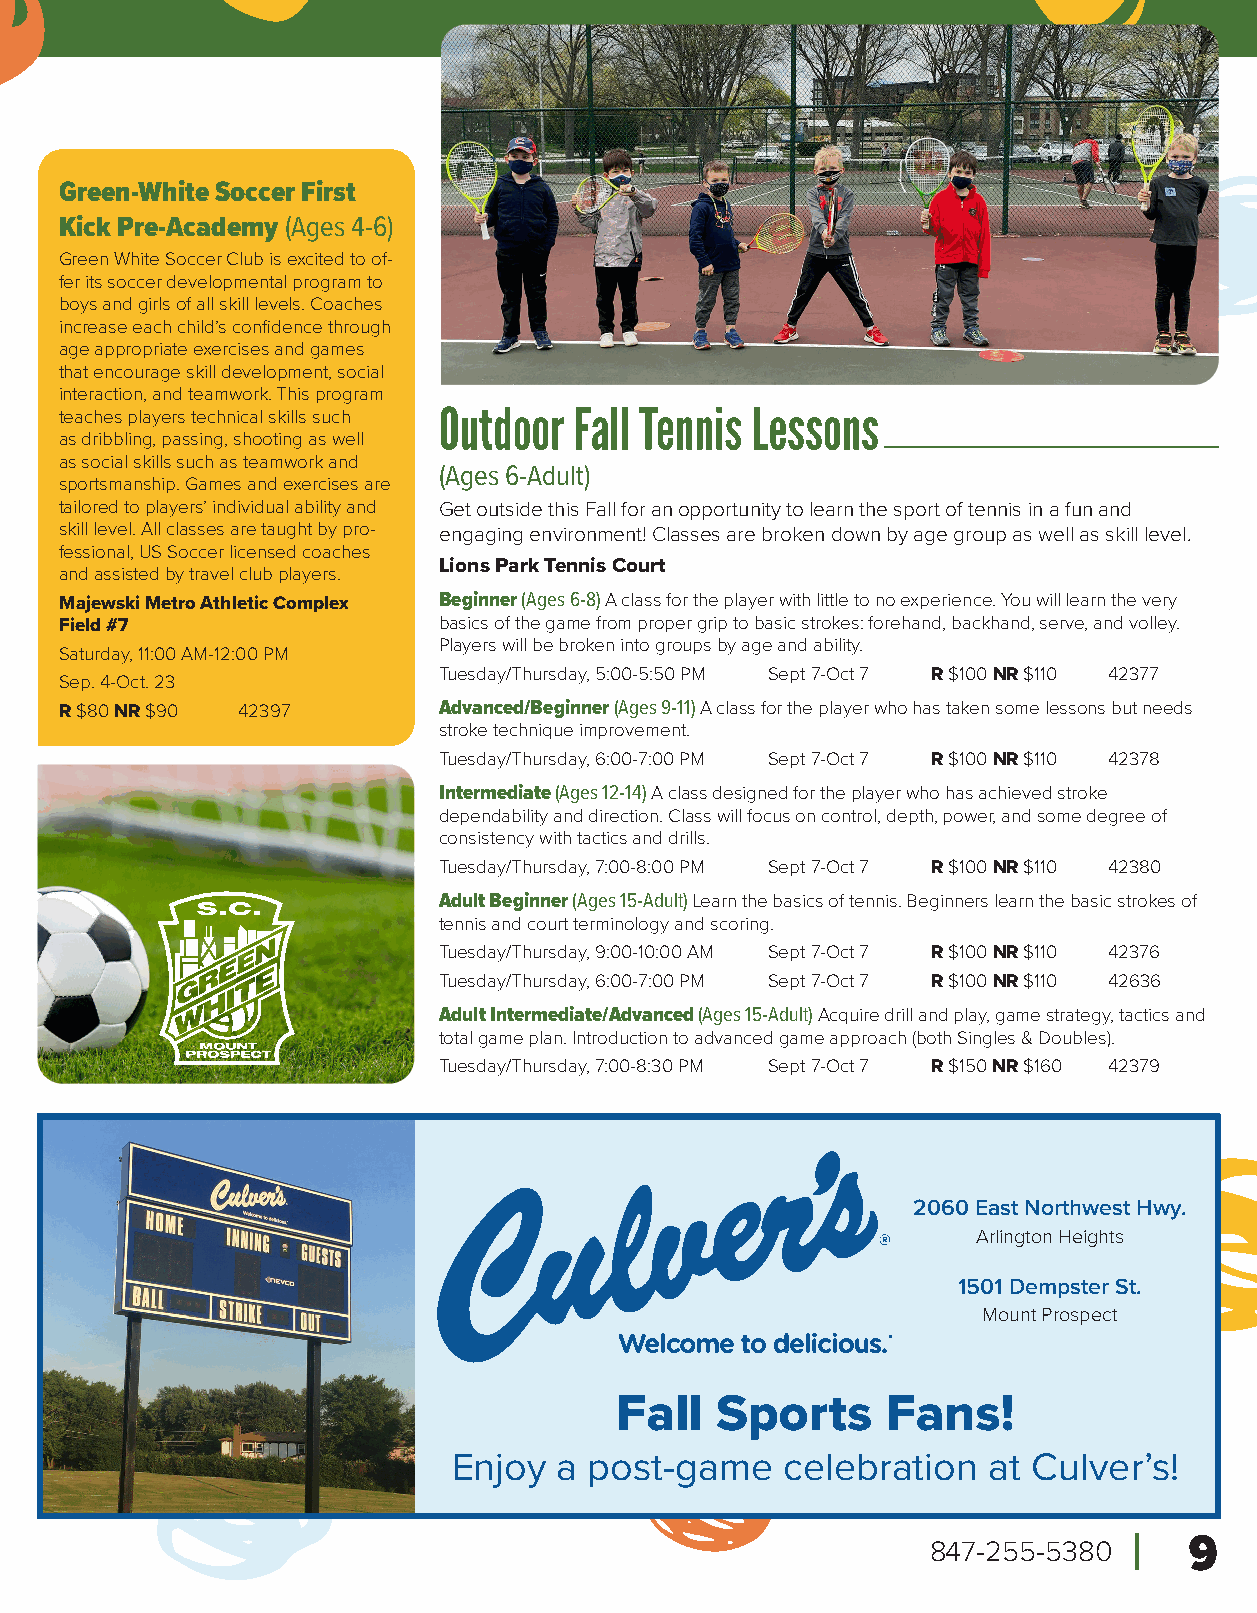
Green-White Soccer First
 Kick Pre-Academy (Ages 4-6)
 Green White Soccer Club is excited to of-
 fer its soccer developmental program to
 boys and girls of all skill levels. Coaches
 increase each child’s confidence through
 age appropriate exercises and games
 that encourage skill development, social
 interaction, and teamwork. This program
 teaches players technical skills such Outdoor Fall Tennis Lessons
 as dribbling, passing, shooting as well
 as social skills such as teamwork and
 (Ages 6-Adult)
 sportsmanship. Games and exercises are
 tailored to players’ individual ability and Get outside this Fall for an opportunity to learn the sport of tennis in a fun and
 skill level. All classes are taught by pro- engaging environment! Classes are broken down by age group as well as skill level.
 fessional, US Soccer licensed coaches
 Lions Park Tennis Court
 and assisted by travel club players.
 Majewski Metro Athletic Complex Beginner (Ages 6-8) A class for the player with little to no experience. You will learn the very
 Field #7                 basics of the game from proper grip to basic strokes: forehand, backhand, serve, and volley.
 Players will be broken into groups by age and ability.
 Saturday, 11:00 AM-12:00 PM
 Tuesday/Thursday, 5:00-5:50 PM Sept 7-Oct 7 R $100 NR $110 42377
 Sep. 4-Oct. 23
 R $80 NR $90 42397       Advanced/Beginner (Ages 9-11) A class for the player who has taken some lessons but needs
 stroke technique improvement.
 Tuesday/Thursday, 6:00-7:00 PM Sept 7-Oct 7 R $100 NR $110 42378
 Intermediate (Ages 12-14) A class designed for the player who has achieved stroke
 dependability and direction. Class will focus on control, depth, power, and some degree of
 consistency with tactics and drills.
 Tuesday/Thursday, 7:00-8:00 PM Sept 7-Oct 7 R $100 NR $110 42380
 Adult Beginner (Ages 15-Adult) Learn the basics of tennis. Beginners learn the basic strokes of
 tennis and court terminology and scoring.
 Tuesday/Thursday, 9:00-10:00 AM Sept 7-Oct 7 R $100 NR $110 42376
 Tuesday/Thursday, 6:00-7:00 PM Sept 7-Oct 7 R $100 NR $110 42636
 Adult Intermediate/Advanced (Ages 15-Adult) Acquire drill and play, game strategy, tactics and
 total game plan. Introduction to advanced game approach (both Singles & Doubles).
 Tuesday/Thursday, 7:00-8:30 PM Sept 7-Oct 7 R $150 NR $160 42379
 2060 East Northwest Hwy.
 Arlington Heights
 1501 Dempster St.
 Mount Prospect
 Fall  Sports      Fans!
 Enjoy  a post-game    celebration  at Culver’s!
 847-255-5380     9